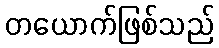
တယောက်ဖြစ်သည်